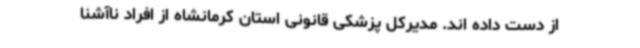
از دست داده اند. مدیرکل پزشکی قانونی استان کرمانشاه از افراد ناآشنا